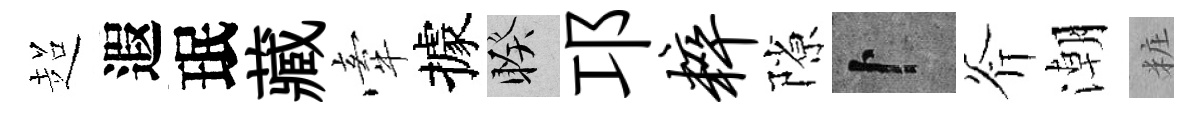
超遐珉藏牽據睽邛粹隙卜斧潮粧